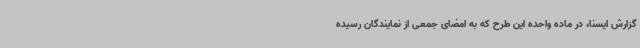
گزارش ایسنا، در ماده واحده این طرح که به امضای جمعی از نمایندگان رسیده